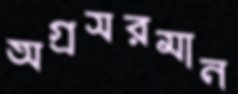
অগ্রসরমান